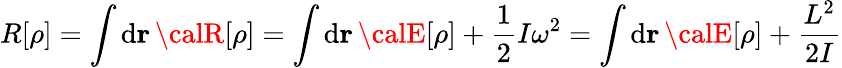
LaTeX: R[\rho]=\int\mathrm{d}{\mathbf{r}}\, {\calR}[\rho]=\int\mathrm{d}{\mathbf{r}}\, {\calE}[\rho]+\frac{{1}}{{2}}I\omega^{2}=\int\mathrm{d}{\mathbf{r}}\, {\calE}[\rho]+\frac{{L^{2}}}{{2I}}